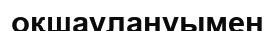
оқшаулануымен